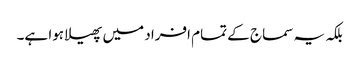
بلکہ یہ سماج کے تمام افراد میں پھیلا ہوا ہے۔